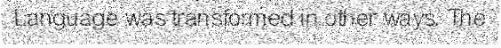
Language was transformed in other ways. The